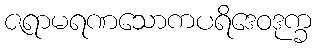
ဇရာမရဏသောကပရိဒေဝဒုက္ခ